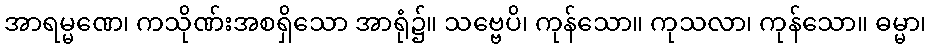
အာရမ္မဏေ၊ ကသိုဏ်းအစရှိသော အာရုံ၌။ သဗ္ဗေပိ၊ ကုန်သော။ ကုသလာ၊ ကုန်သော။ ဓမ္မာ၊